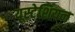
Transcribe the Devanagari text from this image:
यूस्टेशियन